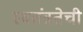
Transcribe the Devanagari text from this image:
स्वतंत्रतेची